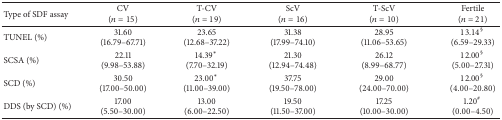
<table><thead><tr><td><b>Type of SDF assay</b></td><td><b>CV (<i>n</i> = 15)</b></td><td><b>T-CV (<i>n</i> = 19)</b></td><td><b>ScV (<i>n</i> = 16)</b></td><td><b>T-ScV (<i>n</i> = 10)</b></td><td><b>Fertile(<i>n</i> = 21)</b></td></tr></thead><tbody><tr><td>TUNEL (%)</td><td>31.60 (16.79–67.71)</td><td>23.65 (12.68–37.22)</td><td>31.38(17.99–74.10)</td><td>28.95(11.06–53.65)</td><td>13.14<sup>§</sup> (6.59–29.33)</td></tr><tr><td>SCSA (%)</td><td>22.11 (9.98–53.88)</td><td>14.39* (7.70–32.19)</td><td>21.30(12.94–74.48)</td><td>26.12(8.99–68.77)</td><td>12.00<sup>§</sup> (5.00–27.31)</td></tr><tr><td>SCD (%)</td><td>30.50 (17.00–50.00)</td><td>23.00* (11.00–39.00)</td><td>37.75(19.50–78.00)</td><td>29.00(24.00–70.00)</td><td>12.00<sup>§</sup> (4.00–20.80)</td></tr><tr><td>DDS (by SCD) (%)</td><td>17.00 (5.50–30.00)</td><td>13.00 (6.00–22.50)</td><td>19.50(11.50–37.00)</td><td>17.25(10.00–30.00)</td><td>1.20<sup>#</sup> (0.00–4.50)</td></tr></tbody></table>